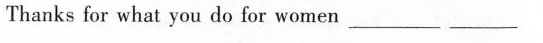
Thanks for what you do for women ___ ___